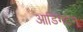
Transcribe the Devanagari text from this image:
आडिंगटन